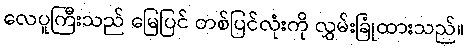
လေပူကြီးသည် မြေပြင် တစ်ပြင်လုံးကို လွှမ်းခြုံထားသည်။